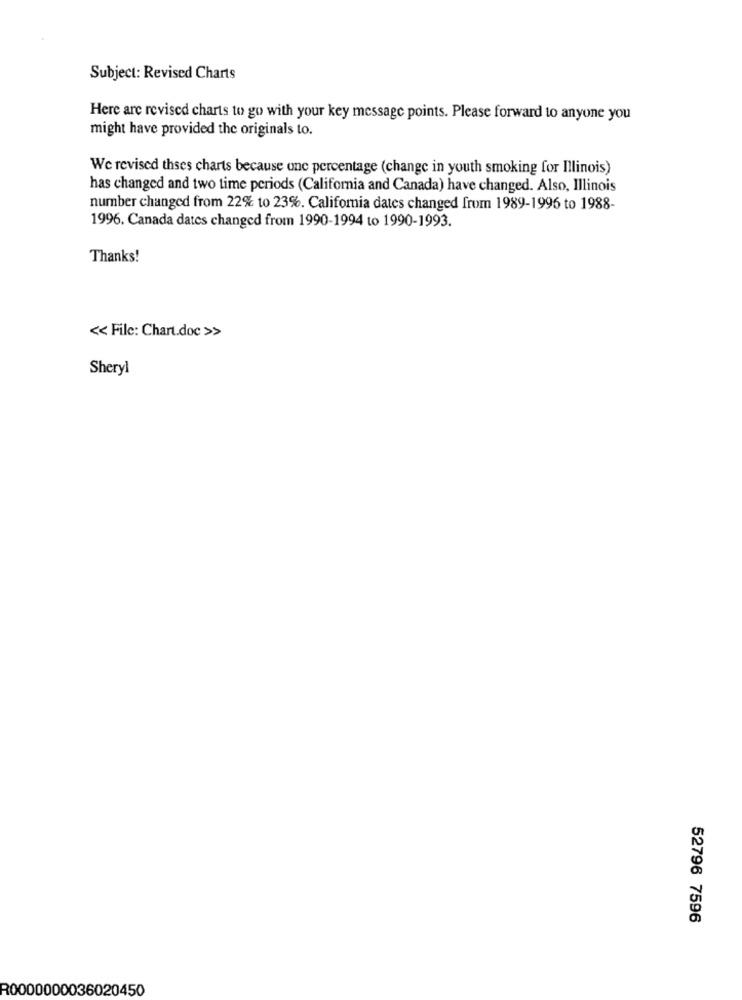
Subject: Revised Charts
Here are revised charts to go with your key message points. Please forward to anyone you
might have provided the originals to.
We revised thses charts because one percentage (change in youth smoking for Illinois)
has changed and two time periods (California and Canada) have changed. Also, Illinois
number changed from 22% to 23%. California dates changed from 1989-1996 to 1988-
1996. Canada dates changed from 1990-1994 to 1990-1993.
Thanks!
<< Filc: Chart.doc>>
Sheryl
52796 7596
R0000000036020450